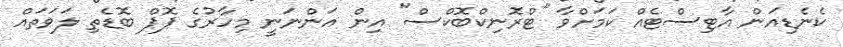
ކެނެޑިއަން އާޓިސްޓެއް ކަމަށްވާ "ޓްރޮނިކްބޮކްސް" އިން އަންނަނީ މިހާރުގެ ޕޮޕް ބޮޑެތި ލަވަތައް